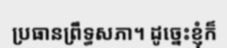
ប្រធានព្រឹទ្ធសភា។ ដូច្នេះខ្ញុំក៏